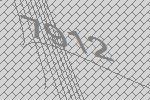
7912